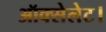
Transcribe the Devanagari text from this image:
ऑक्सेलेट।